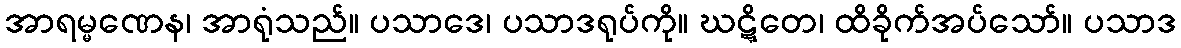
အာရမ္မဏေန၊ အာရုံသည်။ ပသာဒေ၊ ပသာဒရုပ်ကို။ ဃဋ္ဋိတေ၊ ထိခိုက်အပ်သော်။ ပသာဒ